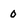
Character: 0